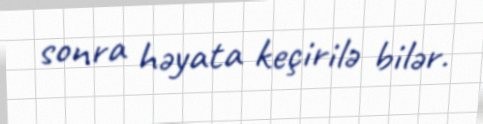
sonra həyata keçirilə bilər.